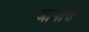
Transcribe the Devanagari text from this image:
आपसि